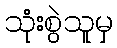
သုံးစွဲသူမှ